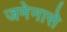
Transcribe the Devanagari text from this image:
जमेनासे